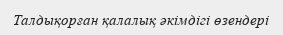
Талдықорған қалалық әкімдігі өзендері